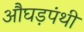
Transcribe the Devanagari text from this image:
औघड़पंथी